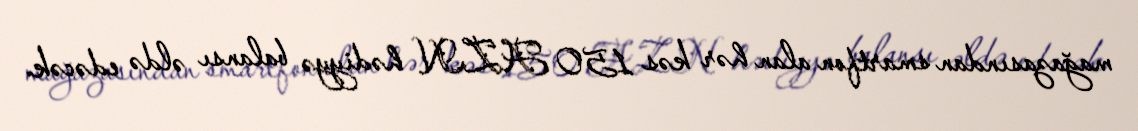
mağazasından smartfon alan hər kəs 150 AZN hədiyyə balansı əldə edəcək.